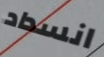
انسداد